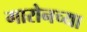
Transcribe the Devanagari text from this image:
गारोनच्या